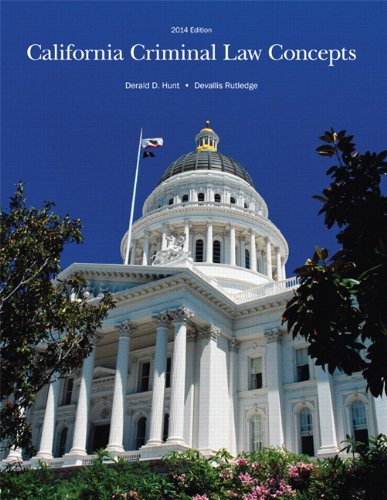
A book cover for California Criminal Law Concepts 2014 Edition (14th Edition); Derald D. Hunt; Law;